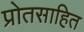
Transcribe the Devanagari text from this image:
प्रोतसाहित